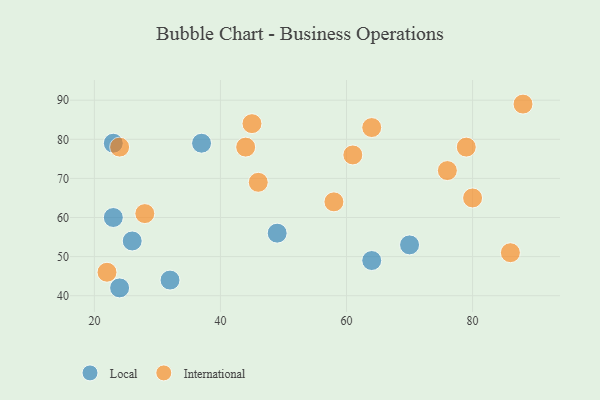
{"axis": {"x": "GDP", "y": "Life Expectancy"}, "legend": ["International", "Local"], "data": [{"x": "26", "y": 54, "type": "Local"}, {"x": "64", "y": 49, "type": "Local"}, {"x": "32", "y": 44, "type": "Local"}, {"x": "49", "y": 56, "type": "Local"}, {"x": "23", "y": 60, "type": "Local"}, {"x": "24", "y": 42, "type": "Local"}, {"x": "37", "y": 79, "type": "Local"}, {"x": "70", "y": 53, "type": "Local"}, {"x": "23", "y": 79, "type": "Local"}, {"x": "76", "y": 72, "type": "International"}, {"x": "79", "y": 78, "type": "International"}, {"x": "61", "y": 76, "type": "International"}, {"x": "28", "y": 61, "type": "International"}, {"x": "22", "y": 46, "type": "International"}, {"x": "58", "y": 64, "type": "International"}, {"x": "45", "y": 84, "type": "International"}, {"x": "80", "y": 65, "type": "International"}, {"x": "24", "y": 78, "type": "International"}, {"x": "86", "y": 51, "type": "International"}, {"x": "46", "y": 69, "type": "International"}, {"x": "44", "y": 78, "type": "International"}, {"x": "64", "y": 83, "type": "International"}, {"x": "88", "y": 89, "type": "International"}]}